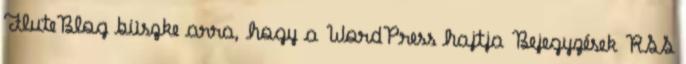
FluteBlog büszke arra, hogy a WordPress hajtja Bejegyzések RSS